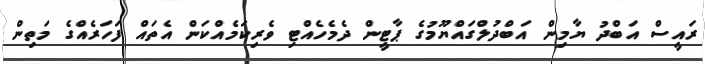
ރައީސް އަބްދު ޔާމިން އަބްދުލްގައްޔޫމުގެ ޕާޓީން ދެމެހެއްޓި ވެރިކަމެއްކަން އެތައް ފަހަރެއްގެ މަތިން